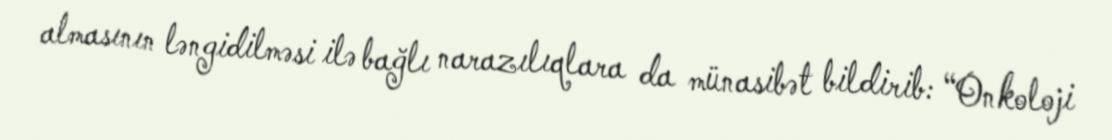
almasının ləngidilməsi ilə bağlı narazılıqlara da münasibət bildirib: “Onkoloji